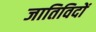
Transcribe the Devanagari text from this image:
जातिविदों